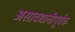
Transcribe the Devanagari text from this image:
असावधानीपूर्वक